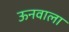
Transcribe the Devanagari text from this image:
ऊनवाला